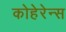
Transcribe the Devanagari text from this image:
कोहेरेन्स